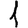
Digit: 1